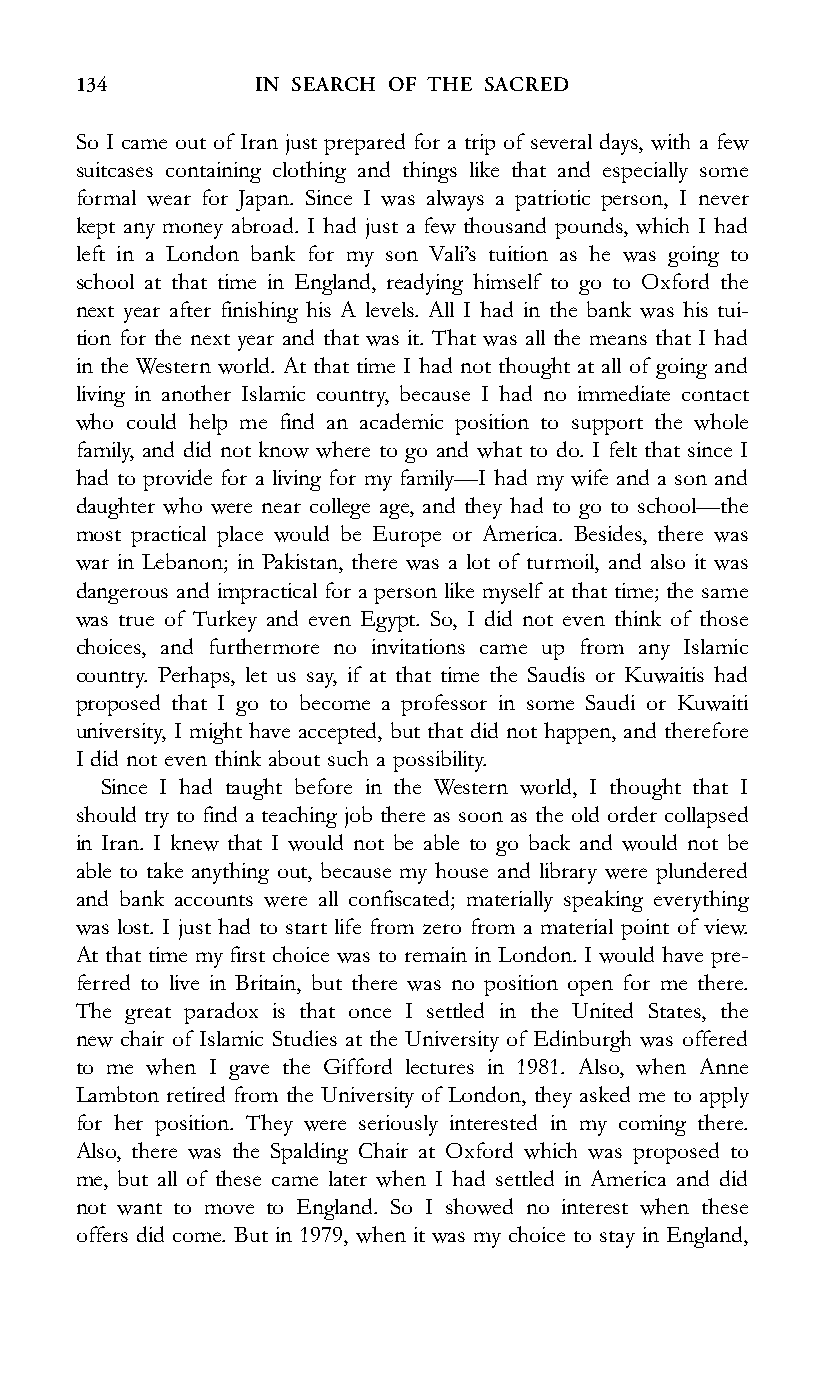
134         IN SEARCH OF THE SACRED
 So I came out of Iran just prepared for a trip of several days, with a few
 suitcases containing clothing and things like that and especially some
 formal wear for Japan. Since I was always a patriotic person, I never
 kept any money abroad. I had just a few thousand pounds, which I had
 left in a London bank for my son Vali’s tuition as he was going to
 school at that time in England, readying himself to go to Oxford the
 next year after finishing his A levels. All I had in the bank was his tui-
 tion for the next year and that was it. That was all the means that I had
 in the Western world. At that time I had not thought at all of going and
 living in another Islamic country, because I had no immediate contact
 who could help me find an academic position to support the whole
 family, and did not know where to go and what to do. I felt that since I
 had to provide for a living for my family—I had my wife and a son and
 daughter who were near college age, and they had to go to school—the
 most practical place would be Europe or America. Besides, there was
 war in Lebanon; in Pakistan, there was a lot of turmoil, and also it was
 dangerous and impractical for a person like myself at that time; the same
 was true of Turkey and even Egypt. So, I did not even think of those
 choices, and furthermore no invitations came up from any Islamic
 country. Perhaps, let us say, if at that time the Saudis or Kuwaitis had
 proposed that I go to become a professor in some Saudi or Kuwaiti
 university, I might have accepted, but that did not happen, and therefore
 I did not even think about such a possibility.
 Since I had taught before in the Western world, I thought that I
 should try to find a teaching job there as soon as the old order collapsed
 in Iran. I knew that I would not be able to go back and would not be
 able to take anything out, because my house and library were plundered
 and bank accounts were all confiscated; materially speaking everything
 was lost. I just had to start life from zero from a material point of view.
 At that time my first choice was to remain in London. I would have pre-
 ferred to live in Britain, but there was no position open for me there.
 The great paradox is that once I settled in the United States, the
 new chair of Islamic Studies at the University of Edinburgh was offered
 to me when I gave the Gifford lectures in 1981. Also, when Anne
 Lambton retired from the University of London, they asked me to apply
 for her position. They were seriously interested in my coming there.
 Also, there was the Spalding Chair at Oxford which was proposed to
 me, but all of these came later when I had settled in America and did
 not want to move to England. So I showed no interest when these
 offers did come. But in 1979, when it was my choice to stay in England,